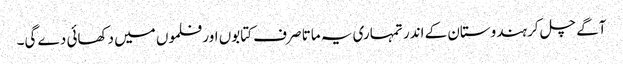
آگے چل کر ہندوستان کے اندر تمہاری یہ ماتا صرف کتابوں اور فلموں میں دکھائی دے گی۔